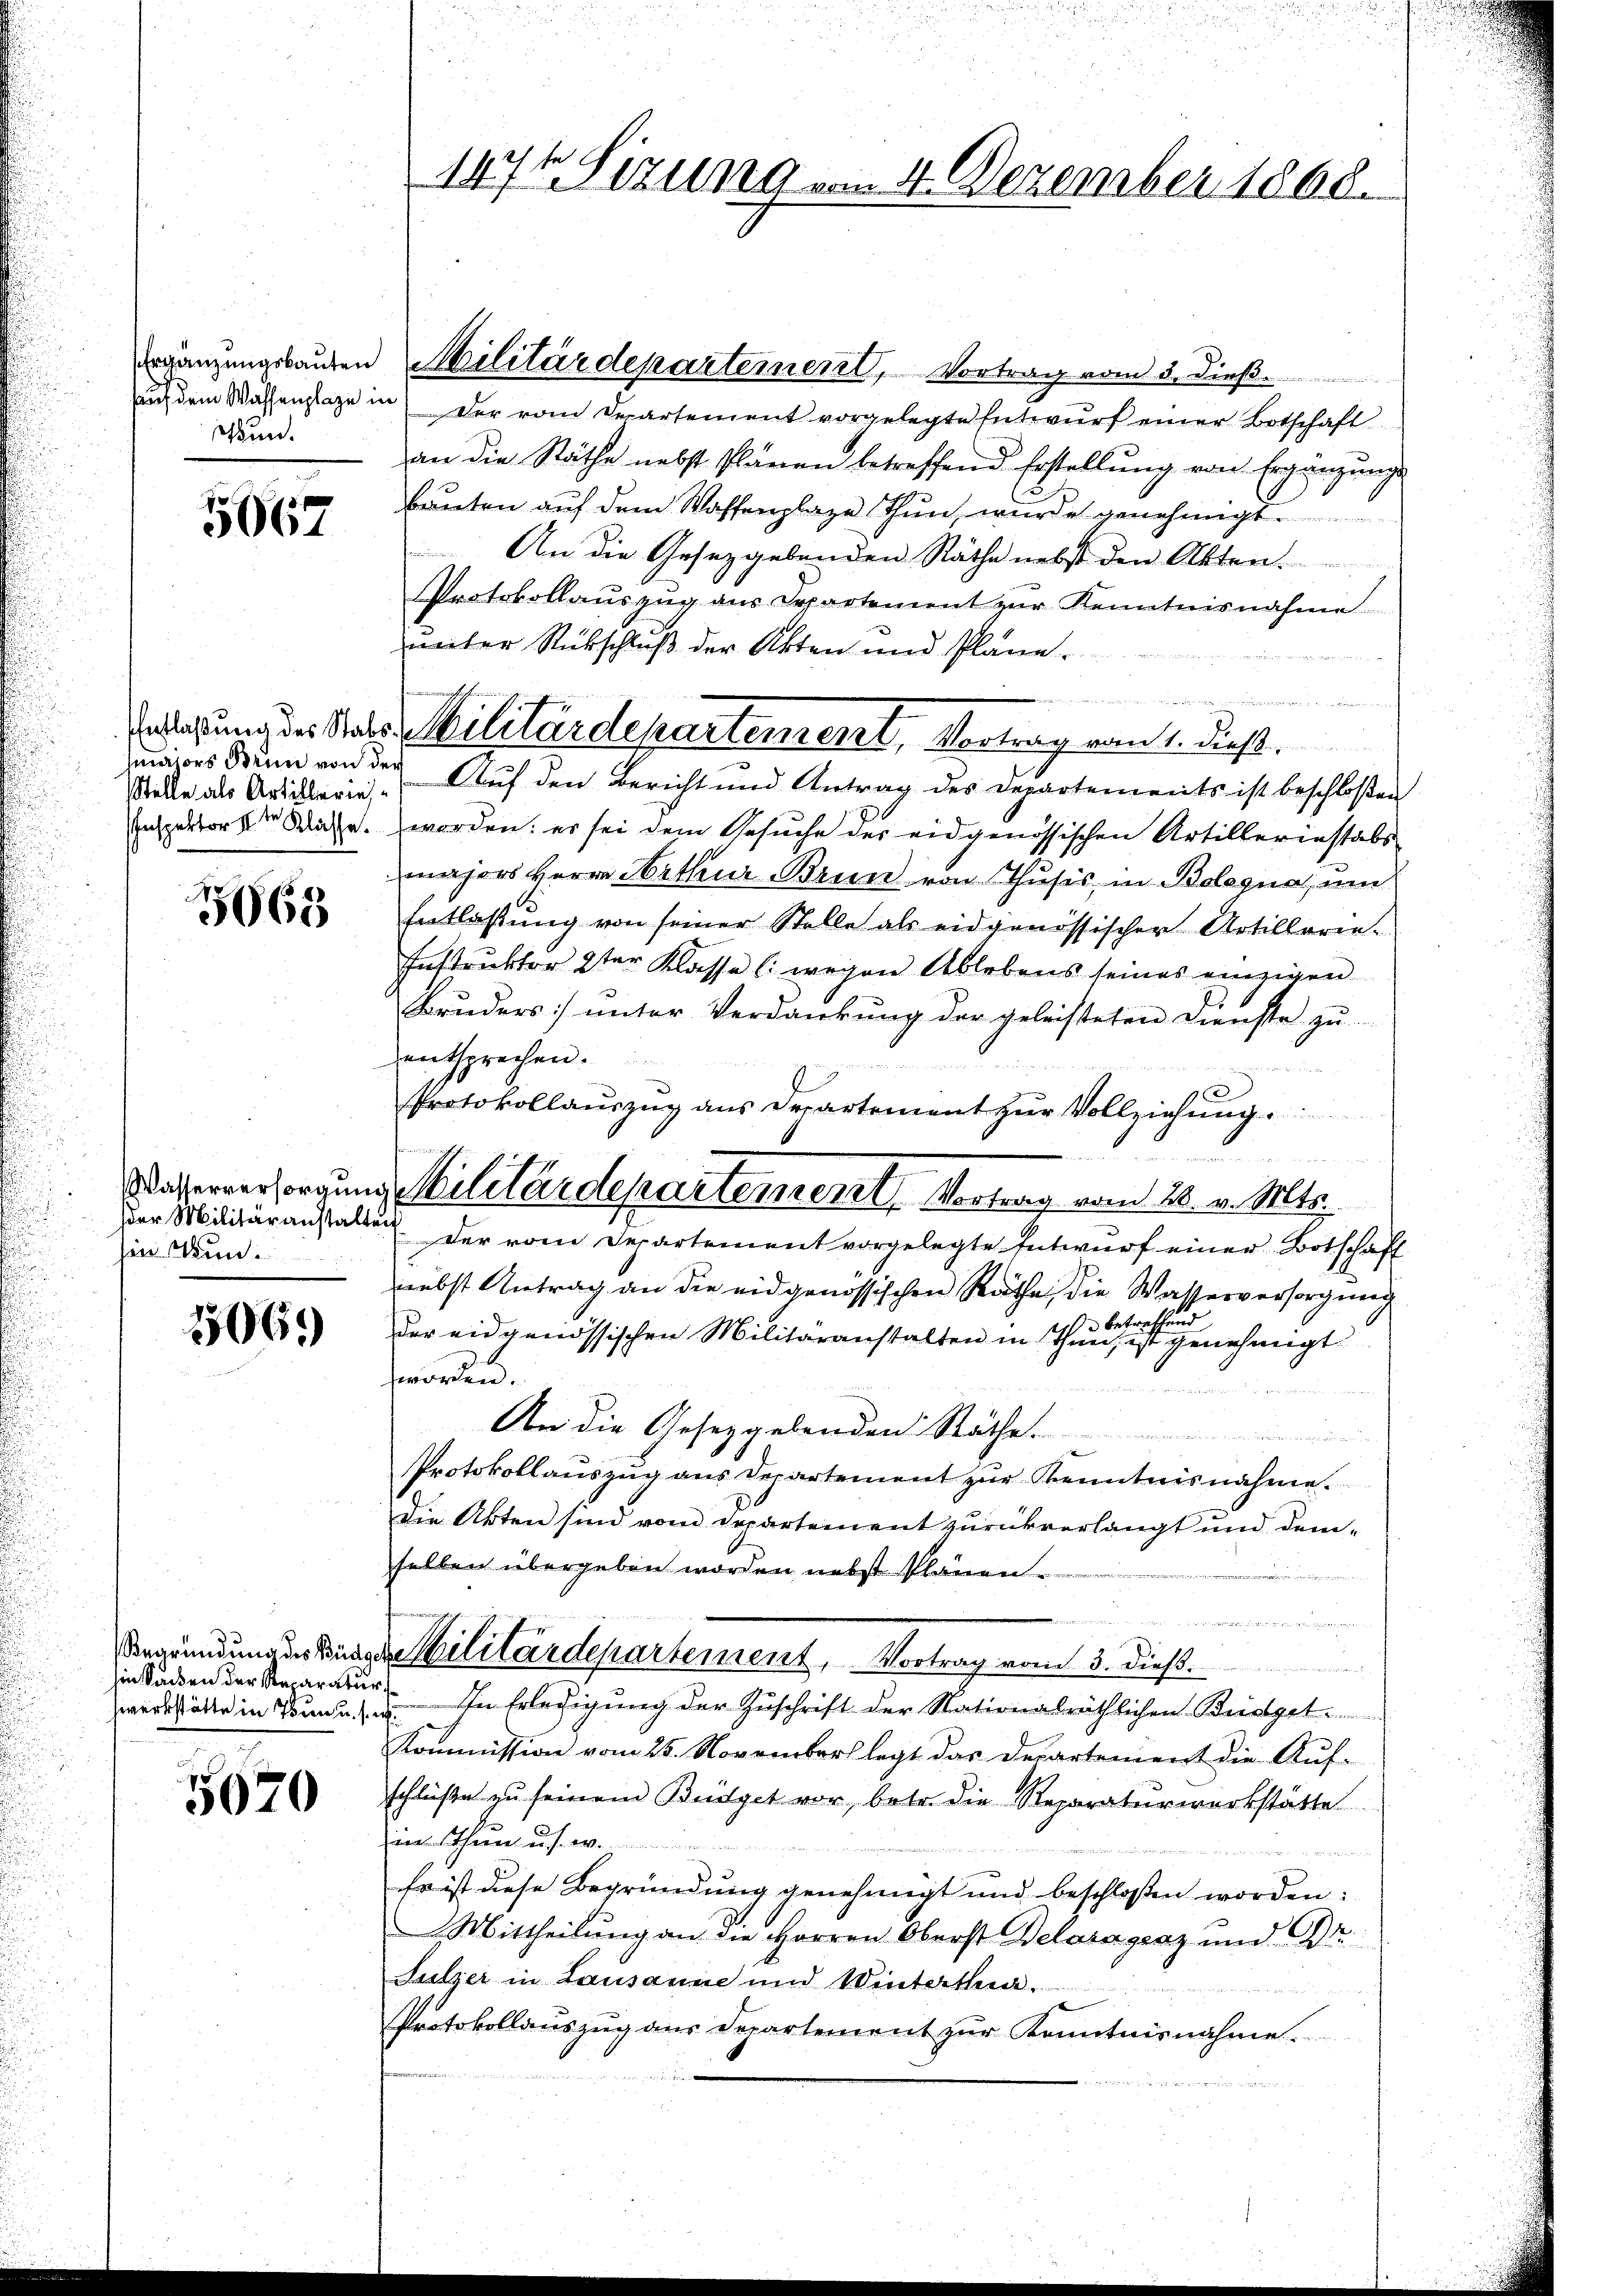
Wun.

5667

maiors Brun von der

3665

der Militäranstalte
hin kun¬

506.

Begründung des Büdg
hin Sacken der Reparatun

5670

147t Sizung vom 4. Dezember 1868.

Ergänzungsbauten Militärdepartement, Vortrag vom 5. dieß.
auf dem Wassenslage in der vom Drartement vorgelegte Entwŭrf einer Botschaft
an die Räthe nebst Plänen betreffend Erstellung von Ergänzungs
bauten auf dem Waffenplaze Thun, wurde genehmigt.
An die Gesetzgebenden Räthe nebst den Akten.
Protokollauszug aus Departement vor Kenntnisnahme
unter Rückschluß der Akten und Pläne.
Stecke als Artillerie, Auf den Bericht und Antrag des Departements ist beschloßen
Inspektors Wasse, worden: es sei dem Gesuche der eidgenössischen Artilleriestabs
majors Herrn Arthur Brun von Thusis, in Bologna, um
Entlassŭng von seiner Stelle als eidgenössischer Artillerie-
Instruktor 2ter Klasse (:wegen Ablebens seines einzigen
Bruders ŭnter Verdankŭng der geleisteten Dienste zŭ
entsprechen.
.
Protokollaŭszŭg ans Departement zŭr Vollziehŭng.

ia
Der vom Departement vorgelegte Entwurf einer Botschaft
nebst Antrag an die eidgenössischen Räthe, die Wasserversorgung
der eidgenössischen Militäranstalten in Theilte ersten genehmigt
worden.
n
An die Gesetzgebenden Räthe.
Protokollauszug aus Departement zur Kenntnisnahme.
Die Akten sind vom Departement zurückverlangt und dem-
selben übergeben worden nebst Plänen

der Militärdepartement, Vortrag vom 3. dieß
r f
zwerkstätte in Tunnen. In Erledigung der Zuschrift der Nationalräthlichen Bürget
Kommission vom 25. November legt das Departement die Auf-
schlüβe zŭ seinem Büdget vor, betr. die Reparaturwerkstätte
in Thun u. s. w.
Es ist diese Begründung genehmigt und beschloßen worden:
Mittheilung an die Herren Oberst Delaragraz und Dr.
Sulzer in Lausanne und Winterthen.
Protokollauszug aus Departement zur Kenntnisnahme.
e

nlegung des Stats Militärdepartement, Vortrag vom 1. Dies

Wasserversorgung Militärdepartement, Vortrag vom 28. v. Mts.

2